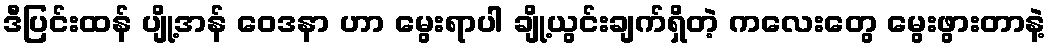
ဒီပြင်းထန် ပျို့အန် ဝေဒနာ ဟာ မွေးရာပါ ချို့ယွင်းချက်ရှိတဲ့ ကလေးတွေ မွေးဖွားတာနဲ့